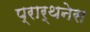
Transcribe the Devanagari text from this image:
प्रार्थनेस